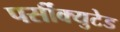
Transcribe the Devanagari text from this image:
पर्सीक्युटेड